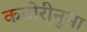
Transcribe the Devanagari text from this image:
कटोरीनुमा